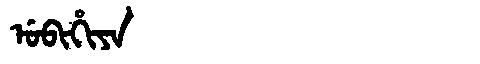
Manchu: ᡠᠪᡳᡥᡳᠶᠠ
Romanization: UBIHIYA